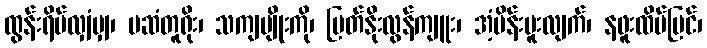
ထွန်းရိပ်လျှံမျှ၊ မဆံတူရိုး၊ သကျမျိုးကို၊ မြတ်နိုးလွန်ကျူး၊ အံ့မိန်းမူးလျက်၊ နဖူးထိပ်ပြင်၊